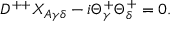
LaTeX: D ^ { + + } X _ { A \gamma \delta } - i \Theta _ { \gamma } ^ { + } \Theta _ { \delta } ^ { + } = 0 .